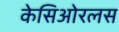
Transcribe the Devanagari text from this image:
केसिओरलस